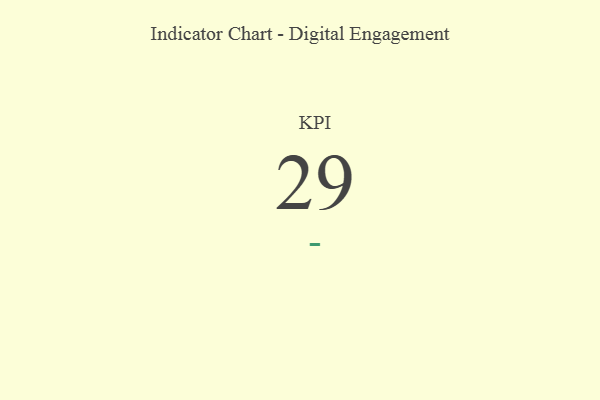
{"axis": {"x": "KPI", "y": "Value"}, "legend": [""], "data": [{"x": "KPI", "y": 29, "type": ""}]}